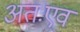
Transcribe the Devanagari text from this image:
अतःएव